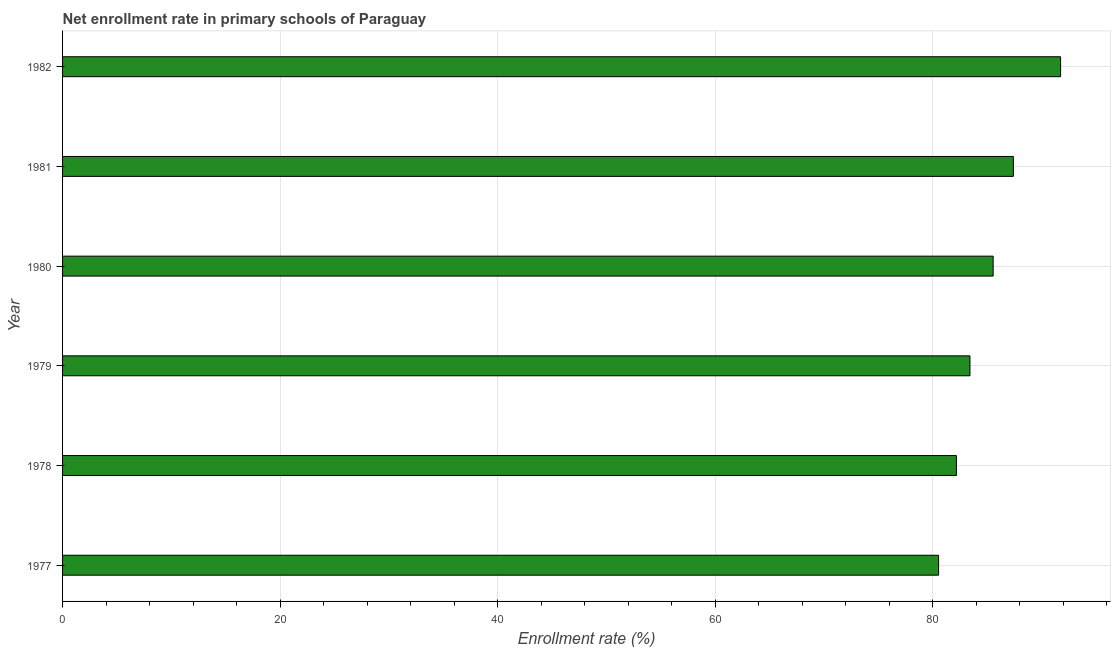
| Year | Adjusted net enrolment rate |
 | --- | --- |
 | 1977 | 80.5 |
 | 1978 | 82.2 |
 | 1979 | 83.4 |
 | 1980 | 85.6 |
 | 1981 | 87.4 |
 | 1982 | 91.8 |